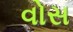
વોસ